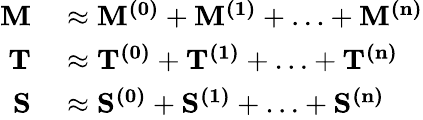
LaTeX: \begin{array}{rl}{\mathbf{M}}&{{}\approx\mathbf{M^{(0)}}+\mathbf{M^{(1)}}+\ldots+\mathbf{M^{(n)}}}\\ {\mathbf{T}}&{{}\approx\mathbf{T^{(0)}}+\mathbf{T^{(1)}}+\ldots+\mathbf{T^{(n)}}}\\ {\mathbf{S}}&{{}\approx\mathbf{S^{(0)}}+\mathbf{S^{(1)}}+\ldots+\mathbf{S^{(n)}}}\end{array}